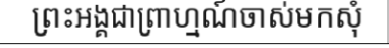
ព្រះអង្គជាព្រាហ្មណ៍ចាស់មកសុំ